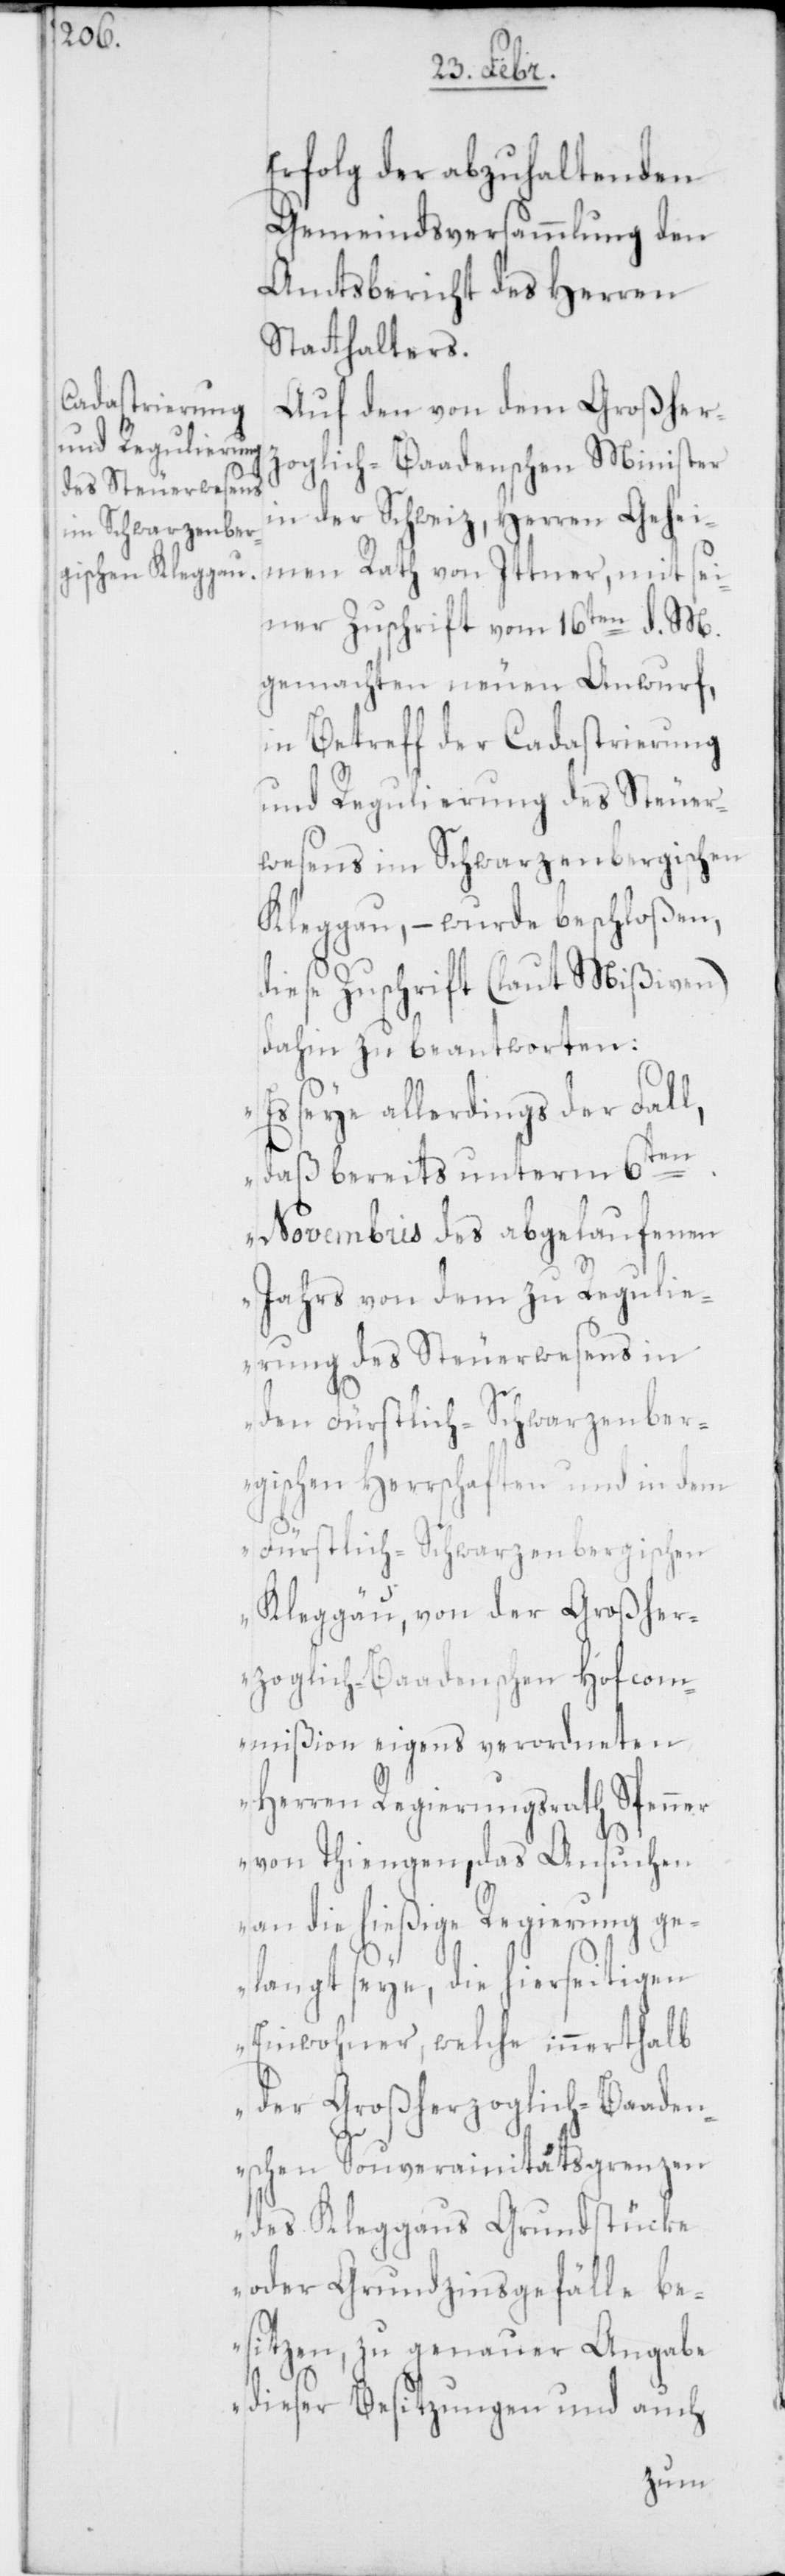
Erfolg der abzuhaltenden
Gemeindsversammlung den
Amtsbericht des Herren
Stadthalters.
Auf den von dem Großher¬
zoglich-Baadenschen Minister
in der Schweiz, Herren Gehei¬
men Rath von Ittner, mit sei¬
ner Zuschrift vom 16ten d. M.
gemachten neuen Anwurf,
in Betreff der Cadastrierung
und Regulierung des Steuer¬
wesens im Schwarzenbergischen
Kleggau, – wurde beschloßen,
diese Zuschrift (laut Mißiven)
dahin zu beantworten:
„Es seye allerdings der Fall,
daß bereits unterm 6t¬
en Novembris des abgelaufenen
Jahrs von dem zu Regulie¬
rung des Steuerwesens in
den Fürstlich-Schwarzenber¬
gischen Herrschaften und in dem
Fürstlich-Schwarzenbergischen
Kleggau, von der Großher¬
zoglich-Baadenschen Hofcom¬
mißion eigens verordneten
Herren Regierungsrath Spenner
von Thiengen, das Ansuchen
an die hießige Regierung ge¬
langt seye, die hierseitigen
Einwohner, welche innerthalb
der Großherzoglich-Baaden¬
schen Souverainitätsgrenzen
des Kleggaus Grundstücke
oder Grundzinsgefälle be¬
sitzen, zu genauer Angabe
dieser Besitzungen und auch